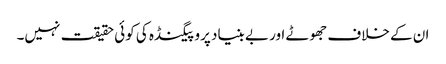
ان کے خلاف جھوٹے اور بے بنیاد پروپیگنڈہ کی کوئی حقیقت نہیں۔